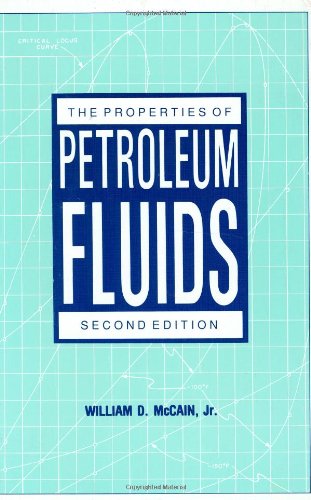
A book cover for The Properties of Petroleum Fluids; William D. McCain Jr.; Engineering & Transportation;